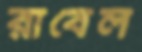
রাবেল